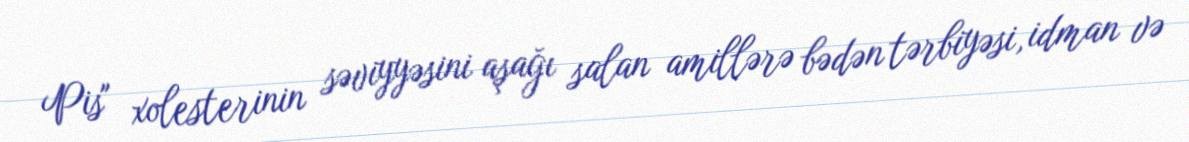
Pis" xolesterinin səviyyəsini aşağı salan amillərə bədən tərbiyəsi, idman və